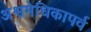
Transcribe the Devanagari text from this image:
अश्वमेधिकापर्व